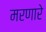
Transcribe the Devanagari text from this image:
मरणारे